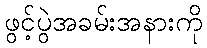
ဖွင့်ပွဲအခမ်းအနားကို